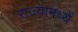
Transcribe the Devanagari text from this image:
राज्यामध्यें